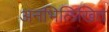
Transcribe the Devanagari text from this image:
अनभिलिखित